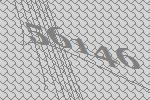
56146